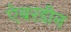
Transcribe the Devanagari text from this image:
ऐबरडीन